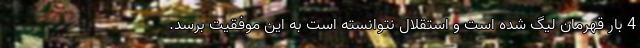
4 بار قهرمان لیگ شده است و استقلال نتوانسته است به این موفقیت برسد.